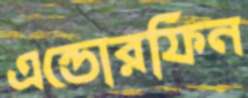
এন্ডোরফিন